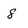
Character: 8